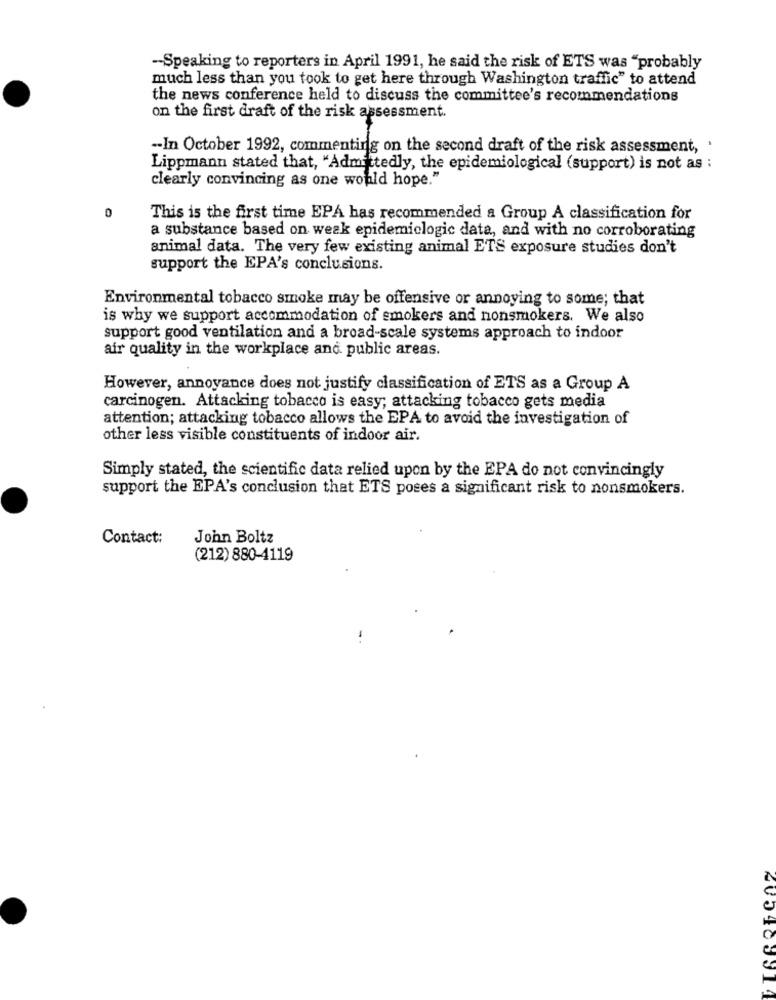
-- Speaking to reporters in April 1991, he said the risk of ETS was "probably
much less than you took to get here through Washington traffic" to attend
the news conference held to discuss the committee's recommendations
on the first draft of the risk assessment.
-In October 1992, commenting on the second draft of the risk assessment, .
Lippmann stated that, "Admittedly, the epidemiological (support) is not as :
clearly convincing as one would hope."
0
This is the first time EPA has recommended a Group A classification for
a substance based on weak epidemiologic data, and with no corroborating
animal data. The very few existing animal ETS exposure studies don't
support the EPA's conclusions.
Environmental tobacco smoke may be offensive or annoying to some; that
is why we support accommodation of smokers and nonsmokers. We also
support good ventilation and a broad-scale systems approach to indoor
air quality in the workplace and public areas.
However, annoyance does not justify classification of ETS as a Group A
carcinogen. Attacking tobacco is easy; attacking tobacco gets media
attention; attacking tobacco allows the EPA to avoid the investigation of
other less visible constituents of indoor air.
Simply stated, the scientific data relied upon by the EPA do not convincingly
support the EPA's conclusion that ETS poses a significant risk to nonsmokers.
Contact:
John Boltz
(212) 880-4119